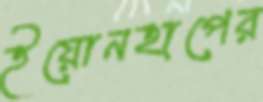
ইয়োনহাপের